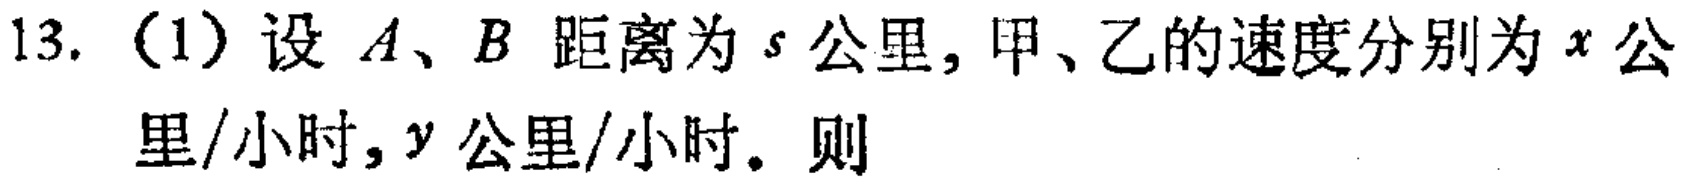
13.（1）设 \(A、B\) 距离为 \(s\) 公里，甲、乙的速度分别为 \(x\) 公里/小时，\(y\) 公里/小时。则